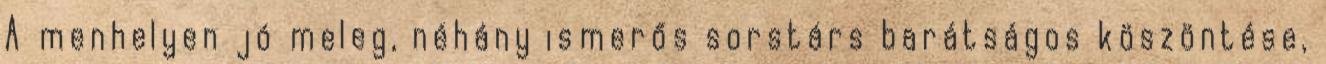
A menhelyen jó meleg, néhány ismerős sorstárs barátságos köszöntése,